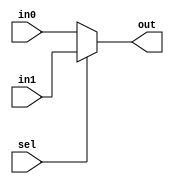
`timescale 1ns / 1ps

module Mux2#(parameter WIDTH=32)(
    input [WIDTH-1:0] in0,
    input [WIDTH-1:0] in1,
    input sel,
    output [WIDTH-1:0] out
    );
	
	assign out=sel?in1:in0;

endmodule

module Mux4#(parameter WIDTH=32)(
    input [WIDTH-1:0] in0,
    input [WIDTH-1:0] in1,
	input [WIDTH-1:0] in2,
	input [WIDTH-1:0] in3,
    input [1:0] sel,
    output reg [WIDTH-1:0] out
    );
	
	always@(*)begin
		case(sel)
			2'h0:out=in0;
			2'h1:out=in1;
			2'h2:out=in2;
			2'h3:out=in3;
			default:out=0;
		endcase
	end

endmodule